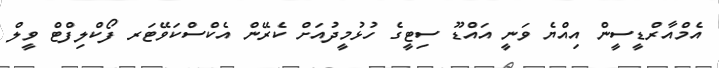
އެމްއާރްޑީސީން އިއްޔެ ވަނީ އައްޑޫ ސިޓީގެ ހުޅުމީދުއަށް ކެރޭން އެކްސްކަވޭޓަރ ފޯކްލިފްޓް ވީލް